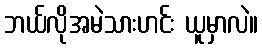
ဘယ်လိုအမဲသားဟင်း ယူမှာလဲ။